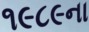
૧૯૮૯ના